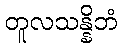
တူလသန္နိဘံ